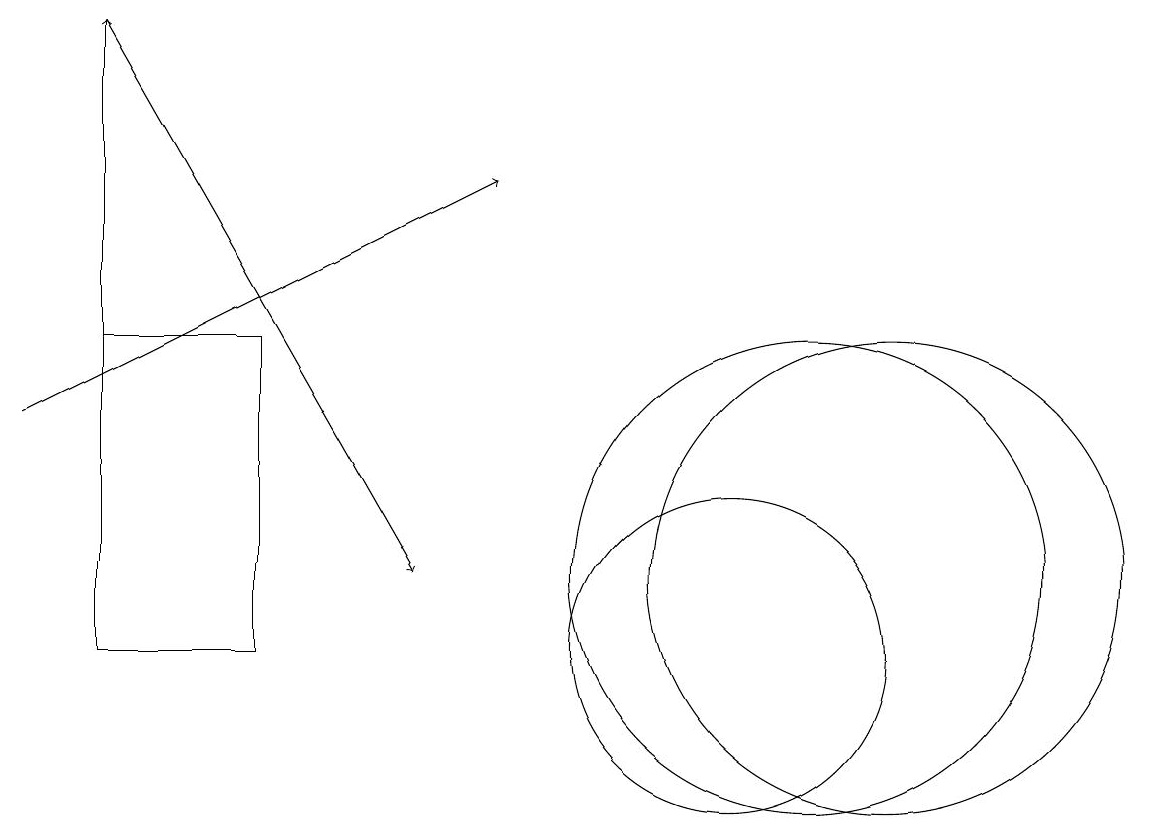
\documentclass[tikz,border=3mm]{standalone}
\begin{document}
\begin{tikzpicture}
\draw (10,10) circle (2);
\draw (12,11) circle (3);
\draw[->] (2,18) -- (6,11);
\draw[->] (1,13) -- (7,16);
\draw (4,10) rectangle (2,14);
\draw[->] (2,14) -- (2,18);
\draw (11,11) circle (3);
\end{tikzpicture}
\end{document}